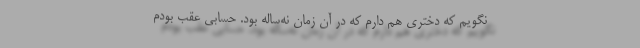
نگویم که دختری هم دارم که در آن زمان نُه‌ساله بود. حسابی عقب بودم